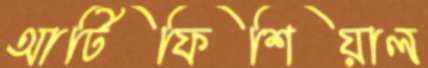
আর্টিফিশিয়াল